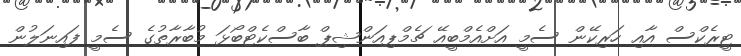
ޓީރެކްސް އާއި ހަރިކޭން ސެމީ އަށްއެމްބީއޭ ޗެމްޕިއަންޝިޕް ބާސްކެޓްބޯޅަ މުބާރާތުގެ ސެމީ ފައިނަލުން